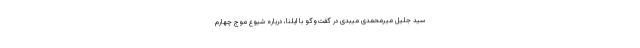
سید جلیل میرمحمدی میبدی در گفت‌وگو با ایلنا، درباره شیوع موج چهارم